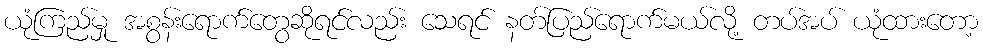
ယုံကြည်မှု အစွန်းရောက်တွေဆိုရင်လည်း သေရင် နတ်ပြည်ရောက်မယ်လို့ တပ်အပ် ယုံထားတော့